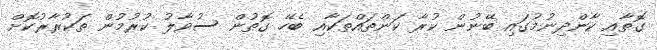
ގޮތާއި ކާންދިނުމުގައި ބޭނުން ކުރާ ކަންތައްތަކާއި ބެހޭ ގޮތުން ސުވާލު ކުރުމުން ތަކުރާރުކޮށް